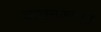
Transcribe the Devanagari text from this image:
वाचनकक्षात